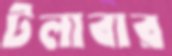
টলাবার